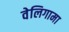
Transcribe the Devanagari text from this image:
वेलिगामा